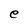
Character: e